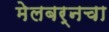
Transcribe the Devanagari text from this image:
मेलबर्नचा